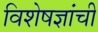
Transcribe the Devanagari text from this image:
विशेषज्ञांची